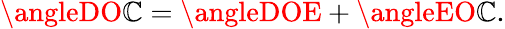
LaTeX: \angleDO\mathbb{C}=\angleDOE+\angleEO\mathbb{C}.